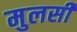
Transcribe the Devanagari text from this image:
मुलसी